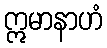
ဣမာနာဟံ